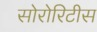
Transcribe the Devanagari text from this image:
सोरोरिटीस